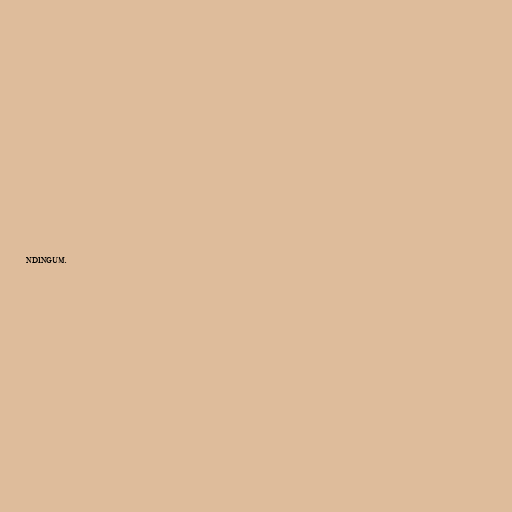
ndingum.